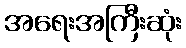
အရေးအကြီးဆုံး